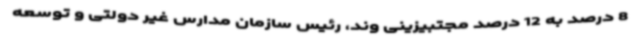
8 درصد به 12 درصد مجتبیزینی وند، رئیس سازمان مدارس غیر دولتی و توسعه